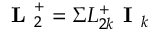
\textbf { L } _ { 2 } ^ { + } = \Sigma L _ { 2 k } ^ { + } \textbf { I } _ { k }